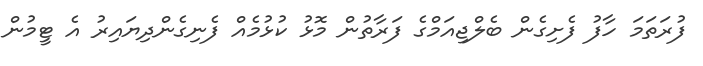
ފުރަތަމަ ހާފު ފެށިގެން ބެލްޖިއަމްގެ ފަރާތުން މޮޅު ކުޅުމެއް ފެނިގެންދިޔައިރު އެ ޓީމުން